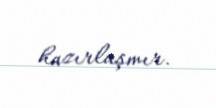
hazırlaşmır.